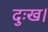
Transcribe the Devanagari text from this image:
दुःख।